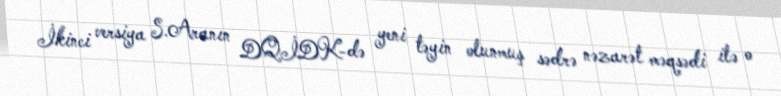
İkinci versiya S.Aranın DQİDK-də yeni təyin olunmuş sədrə nəzarət məqsədi ilə o